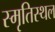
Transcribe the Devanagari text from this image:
स्मृतिस्थल